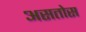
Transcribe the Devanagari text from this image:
असतोस